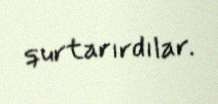
qurtarırdılar.